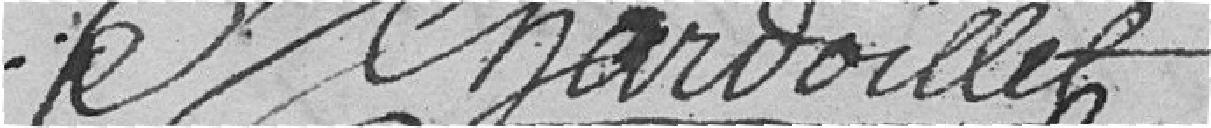
CHARVOILLET